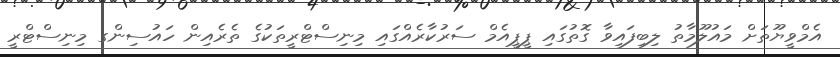
އެމްވީޔޫތަށް މައުލޫމާތު ލިބިފައިވާ ގޮތުގައި ޕީޕީއެމް ސަރުކާރެއްގައި މިނިސްޓްރީތަކުގެ ތެރެއިން ހައުސިންގ މިނިސްޓްރީ